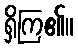
ရှိကြ၏။